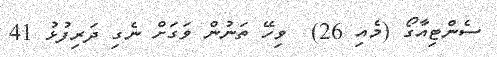
ސެންޓިއާގޯ (މެއި 26)  ވިހޭ ތަނުން ވަަގަށް ނެގި ދަރިފުޅު 41